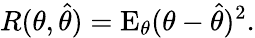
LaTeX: R(\theta,{\hat{\theta}})=\operatorname{E}_{\theta}(\theta-{\hat{\theta}})^{2}.